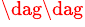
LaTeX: ^{\dag\dag}